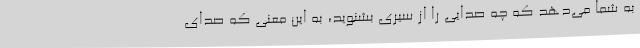
به شما می‌دهد که چه صدایی را از سیری بشنوید، به این معنی که صدای